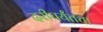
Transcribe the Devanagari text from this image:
दरीपर्यंतचा